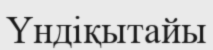
Үндіқытайы